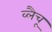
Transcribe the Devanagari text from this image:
व्लैचू